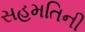
સહમતિની